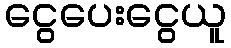
ငွေပေးငွေယူ